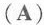
(A)